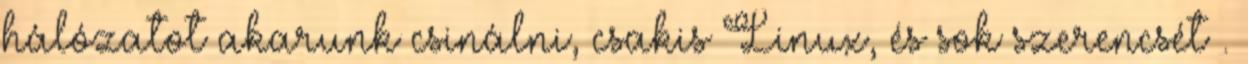
hálózatot akarunk csinálni, csakis Linux, és sok szerencsét .